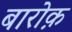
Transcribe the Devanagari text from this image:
बारोक़